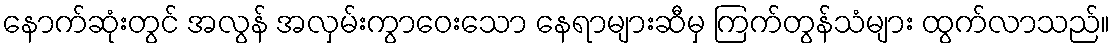
နောက်ဆုံးတွင် အလွန် အလှမ်းကွာဝေးသော နေရာများဆီမှ ကြက်တွန်သံများ ထွက်လာသည်။